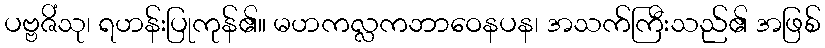
ပဗ္ဗဇိံသု၊ ရဟန်းပြုကုန်၏။ မဟကလ္လကဘာဝေနပန၊ အသက်ကြီးသည်၏ အဖြစ်